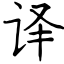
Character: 译